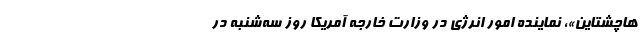
هاچشتاین»، نماینده امور انرژی در وزارت خارجه آمریکا روز سه‌شنبه در